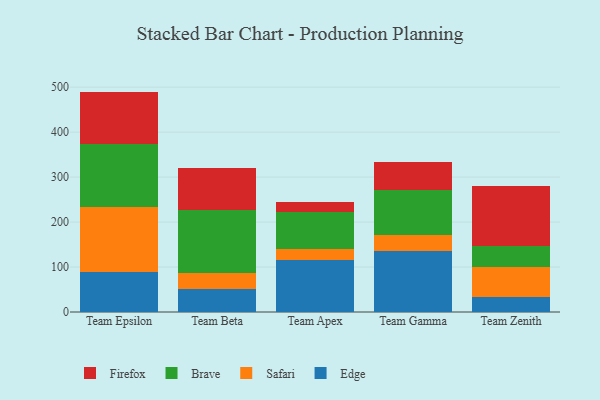
{"axis": {"x": "Team", "y": "Market Share (%)"}, "legend": ["Brave", "Edge", "Firefox", "Safari"], "data": [{"x": "Team Epsilon", "y": 87.9, "type": "Edge"}, {"x": "Team Epsilon", "y": 144.8, "type": "Safari"}, {"x": "Team Epsilon", "y": 139.9, "type": "Brave"}, {"x": "Team Epsilon", "y": 117.5, "type": "Firefox"}, {"x": "Team Beta", "y": 51.4, "type": "Edge"}, {"x": "Team Beta", "y": 34.9, "type": "Safari"}, {"x": "Team Beta", "y": 140.0, "type": "Brave"}, {"x": "Team Beta", "y": 93.2, "type": "Firefox"}, {"x": "Team Apex", "y": 116.6, "type": "Edge"}, {"x": "Team Apex", "y": 22.8, "type": "Safari"}, {"x": "Team Apex", "y": 81.9, "type": "Brave"}, {"x": "Team Apex", "y": 22.4, "type": "Firefox"}, {"x": "Team Gamma", "y": 135.1, "type": "Edge"}, {"x": "Team Gamma", "y": 36.6, "type": "Safari"}, {"x": "Team Gamma", "y": 100.7, "type": "Brave"}, {"x": "Team Gamma", "y": 61.4, "type": "Firefox"}, {"x": "Team Zenith", "y": 33.1, "type": "Edge"}, {"x": "Team Zenith", "y": 67.8, "type": "Safari"}, {"x": "Team Zenith", "y": 46.2, "type": "Brave"}, {"x": "Team Zenith", "y": 133.2, "type": "Firefox"}]}